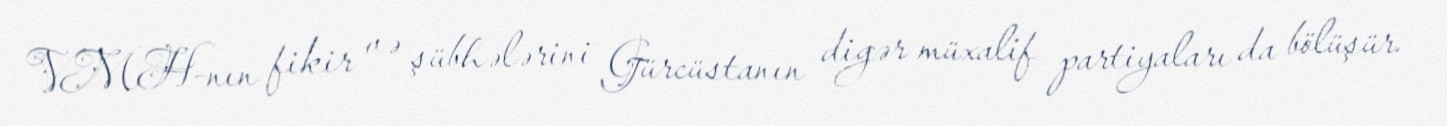
VMH-nın fikir və şübhələrini Gürcüstanın digər müxalif partiyaları da bölüşür.